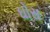
ઘોસ